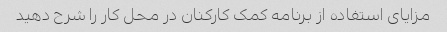
مزایای استفاده از برنامه کمک کارکنان در محل کار را شرح دهید